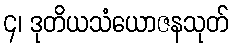
၄၊ ဒုတိယသံယောဇနသုတ်